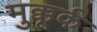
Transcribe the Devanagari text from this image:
मुक्कूर्क